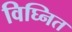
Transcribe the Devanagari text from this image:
विघ्नित